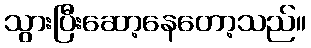
သွားပြီးဆော့နေတော့သည်။